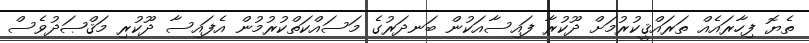
ތެޔޮ ފިހާރައެއް ތަރައްޤީކުރުމަށް ދޫކުރާ ފައިސާއަކުން ބަނދަރުގެ މަސައްކަތްކުރުމުން އެފައިސާ ދޫކުރި މަޤްޞަދުވެސް